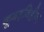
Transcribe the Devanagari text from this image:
कूबड़विहीन